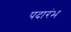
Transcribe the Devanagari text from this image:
पदारंभ